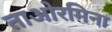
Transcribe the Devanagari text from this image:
ताओरमिना